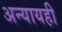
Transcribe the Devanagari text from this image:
अन्यायही